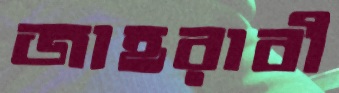
জাহরাবী